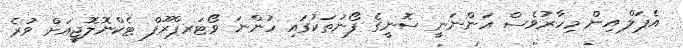
އެޕަލް އިން މިހާރުވެސް އަންނަނީ ސޮނީގެ ފޯނުތަކުގައި ހުންނަ ވޯޓަރޕްރޫފް ޓެކްނޮލޮޖީއަށް ވުރެ